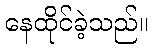
နေထိုင်ခဲ့သည်။